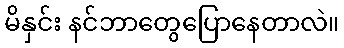
မိနှင်း နင်ဘာတွေပြောနေတာလဲ။